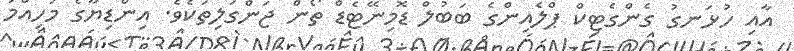
އާއި ހުޅަނގު ގެންގެޓިކް ޕްލެއިންގެ ބަބުލް ޑޮމިނޭޓެޑް ތޯން ޖަންގަލިތަކެވެ. އިންޑިޔާގެ މުހިއްމު